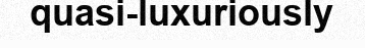
quasi-luxuriously